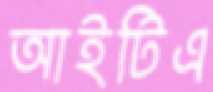
আইটিএ